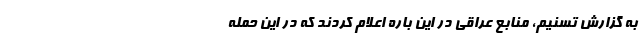
به گزارش تسنیم، منابع عراقی در این باره اعلام کردند که در این حمله